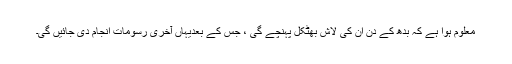
معلوم ہوا ہے کہ بدھ کے دن ان کی لاش بھٹکل پہنچے گی ، جس کے بعدیہاں آخری رسومات انجام دی جائیں گی۔